Scientific memoirs by medical officers of the Army of India - Part IV,
Year: 1889
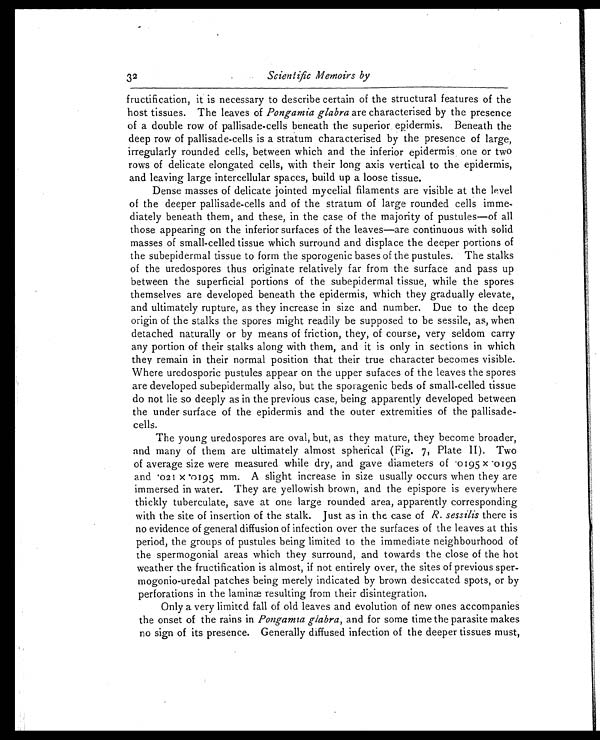
32
Scientific Memoirs by
fructification, it is necessary to describe certain of the structural features of the
host tissues. The leaves of Pongamia glabra are characterised by the presence
of a double row of pallisade-cells beneath the superior epidermis. Beneath the
deep row of pallisade-cells is a stratum characterised by the presence of large,
irregularly rounded cells, between which and the inferior epidermis one or two
rows of delicate elongated cells, with their long axis vertical to the epidermis,
and leaving large intercellular spaces, build up a loose tissue.
Dense masses of delicate jointed mycelial filaments are visible at the level
of the deeper pallisade-cells and of the stratum of large rounded cells imme
- d i a t e l y b e n e a t h t h e m , a n d t h e s e , i n t h e c a s e o f t h e m a j o r i t y o f p u s t u l e s — o f a l l
those appearing on the inferior surfaces of the leaves—are continuous with solid
masses of small-celled tissue which surround and displace the deeper portions of
the subepidermal tissue to form the sporogenic bases of the pustules. The stalks
of the uredospores thus originate relatively far from the surface and pass up
between the superficial portions of the subepidermal tissue, while the spores
themselves are developed beneath the epidermis, which they gradually elevate,
and ultimately rupture, as they increase in size and number. Due to the deep
origin of the stalks the spores might readily be supposed to be sessile, as, when
detached naturally or by means of friction, they, of course, very seldom carry
any portion of their stalks along with them, and it is only in sections in which
they remain in their normal position that their true character becomes visible.
Where uredosporic pustules appear on the upper sufaces of the leaves the spores
are developed subepidermally also, but the sporagenic beds of small-celled tissue
do not lie so deeply as in the previous case, being apparently developed between
the under surface of the epidermis and the outer extremities of the pallisade
-cells.
The young uredospores are oval, but, as they mature, they become broader,
and many of them are ultimately almost spherical (Fig. 7, Plate II). Two
of average size were measured while dry, and gave diameters of .0195 x .0195
a n d . 0 2 1 x m m . A s l i g h t i n c r e a s e i n s i z e u s u a l l y o c c u r s w h e n t h e y a r e
immersed in water. They are yellowish brown, and the epispore is everywhere
thickly tuberculate, save at one large rounded area, apparently corresponding
with the site of insertion of the stalk. Just as in the case of R. sessilis there is
no evidence of general diffusion of infection over the surfaces of the leaves at this
period, the groups of pustules being limited to the immediate neighbourhood of
the spermogonial areas which they surround, and towards the close of the hot
weather the fructification is almost, if not entirely over, the sites of previous sper
- m o g o n i o - u r e d a l p a t c h e s b e i n g m e r e l y i n d i c a t e d b y b r o w n d e s i c c a t e d s p o t s , o r b y
perforations in the laminæ resulting from their disintegration.
Only a very limited fall of old leaves and evolution of new ones accompanies
the onset of the rains in Pongamia glabra, and for some time the parasite makes
no sign of its presence. Generally diffused infection of the deeper tissues must,